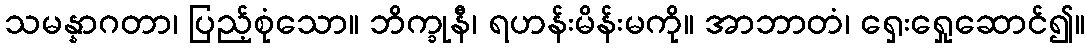
သမန္နာဂတာ၊ ပြည့်စုံသော။ ဘိက္ခုနီ၊ ရဟန်းမိန်းမကို။ အာဘာတံ၊ ရှေးရှေုဆောင်၍။